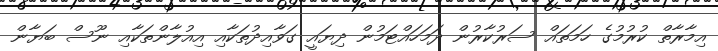
އިމާރާތް ކުރުމުގެ ހަމަތައް ސަރުކާރުން ދަމަހައްޓަމުން ދިޔައީ ގަވާއިދުތަކާއި އިއުލާންތަކާއި ނޫސް ބަޔާން